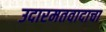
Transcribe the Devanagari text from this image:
उदारमतवादाचा